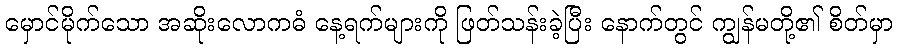
မှောင်မိုက်သော အဆိုးလောကဓံ နေ့ရက်များကို ဖြတ်သန်းခဲ့ပြီး နောက်တွင် ကျွန်မတို့၏ စိတ်မှာ